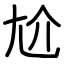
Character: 尬